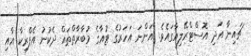
ޗައިނާ އަދި އޮސްޓްރޭލިއާގައެވެ. އަންނަ އަހަރުގެ ޓުއާގެ މުބާރާތްތައް ދެކުނު އެފްރިކާ އާއި